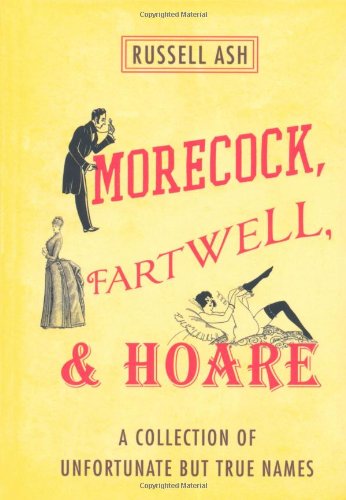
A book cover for Morecock, Fartwell, & Hoare: A Collection of Unfortunate but True Names; Russell Ash; Humor & Entertainment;